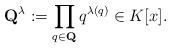
LaTeX: \begin{align*}\textbf{Q}^\lambda:=\prod_{q\in\textbf{Q}}q^{\lambda(q)}\in K[x].\end{align*}